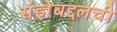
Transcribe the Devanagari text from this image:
संज्ञेबद्दलची